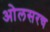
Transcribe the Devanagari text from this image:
ओलसरच